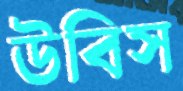
উবিস